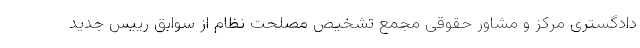
دادگستری مرکز و مشاور حقوقی مجمع تشخیص مصلحت نظام از سوابق رییس جدید